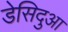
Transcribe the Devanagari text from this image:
डेसिदुआ